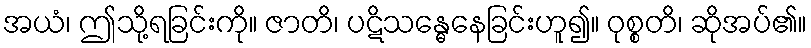
အယံ၊ ဤသို့ရခြင်းကို။ ဇာတိ၊ ပဋိသန္ဓေနေခြင်းဟူ၍။ ဝုစ္စတိ၊ ဆိုအပ်၏။